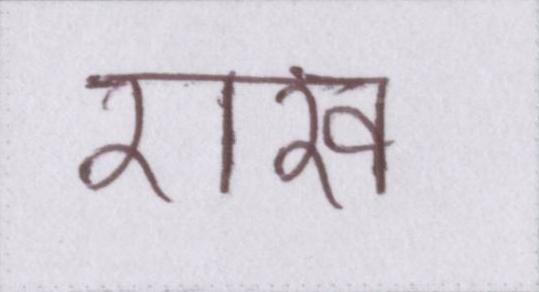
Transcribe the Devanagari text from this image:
राख